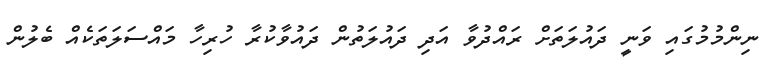
ނިންމުމުގައި ވަނީ ދައުލަތަށް ރައްދުވާ އަދި ދައުލަތުން ދައުވާކުރާ ހުރިހާ މައްސަލަތަކެއް ބެލުން